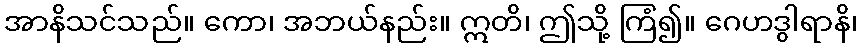
အာနိသင်သည်။ ကော၊ အဘယ်နည်း။ ဣတိ၊ ဤသို့ ကြံ၍။ ဂေဟဒွါရာနိ၊